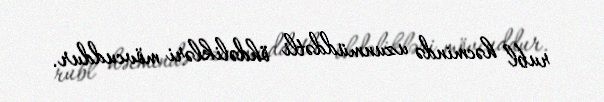
rubl həcmində uzunmüddətli öhdəlikləri mövcuddur.